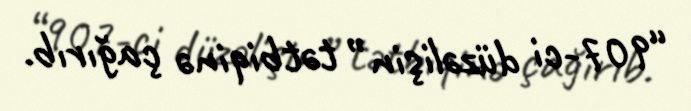
“907-ci düzəlişin” tətbiqinə çağırıb.